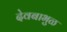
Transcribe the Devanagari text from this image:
देवबाभुळ